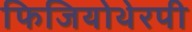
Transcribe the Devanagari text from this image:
फिजियोथेरपी